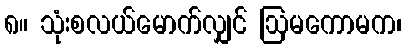
၈။ သုံးစလယ်မောက်လျှင် ဩမကောမက၊